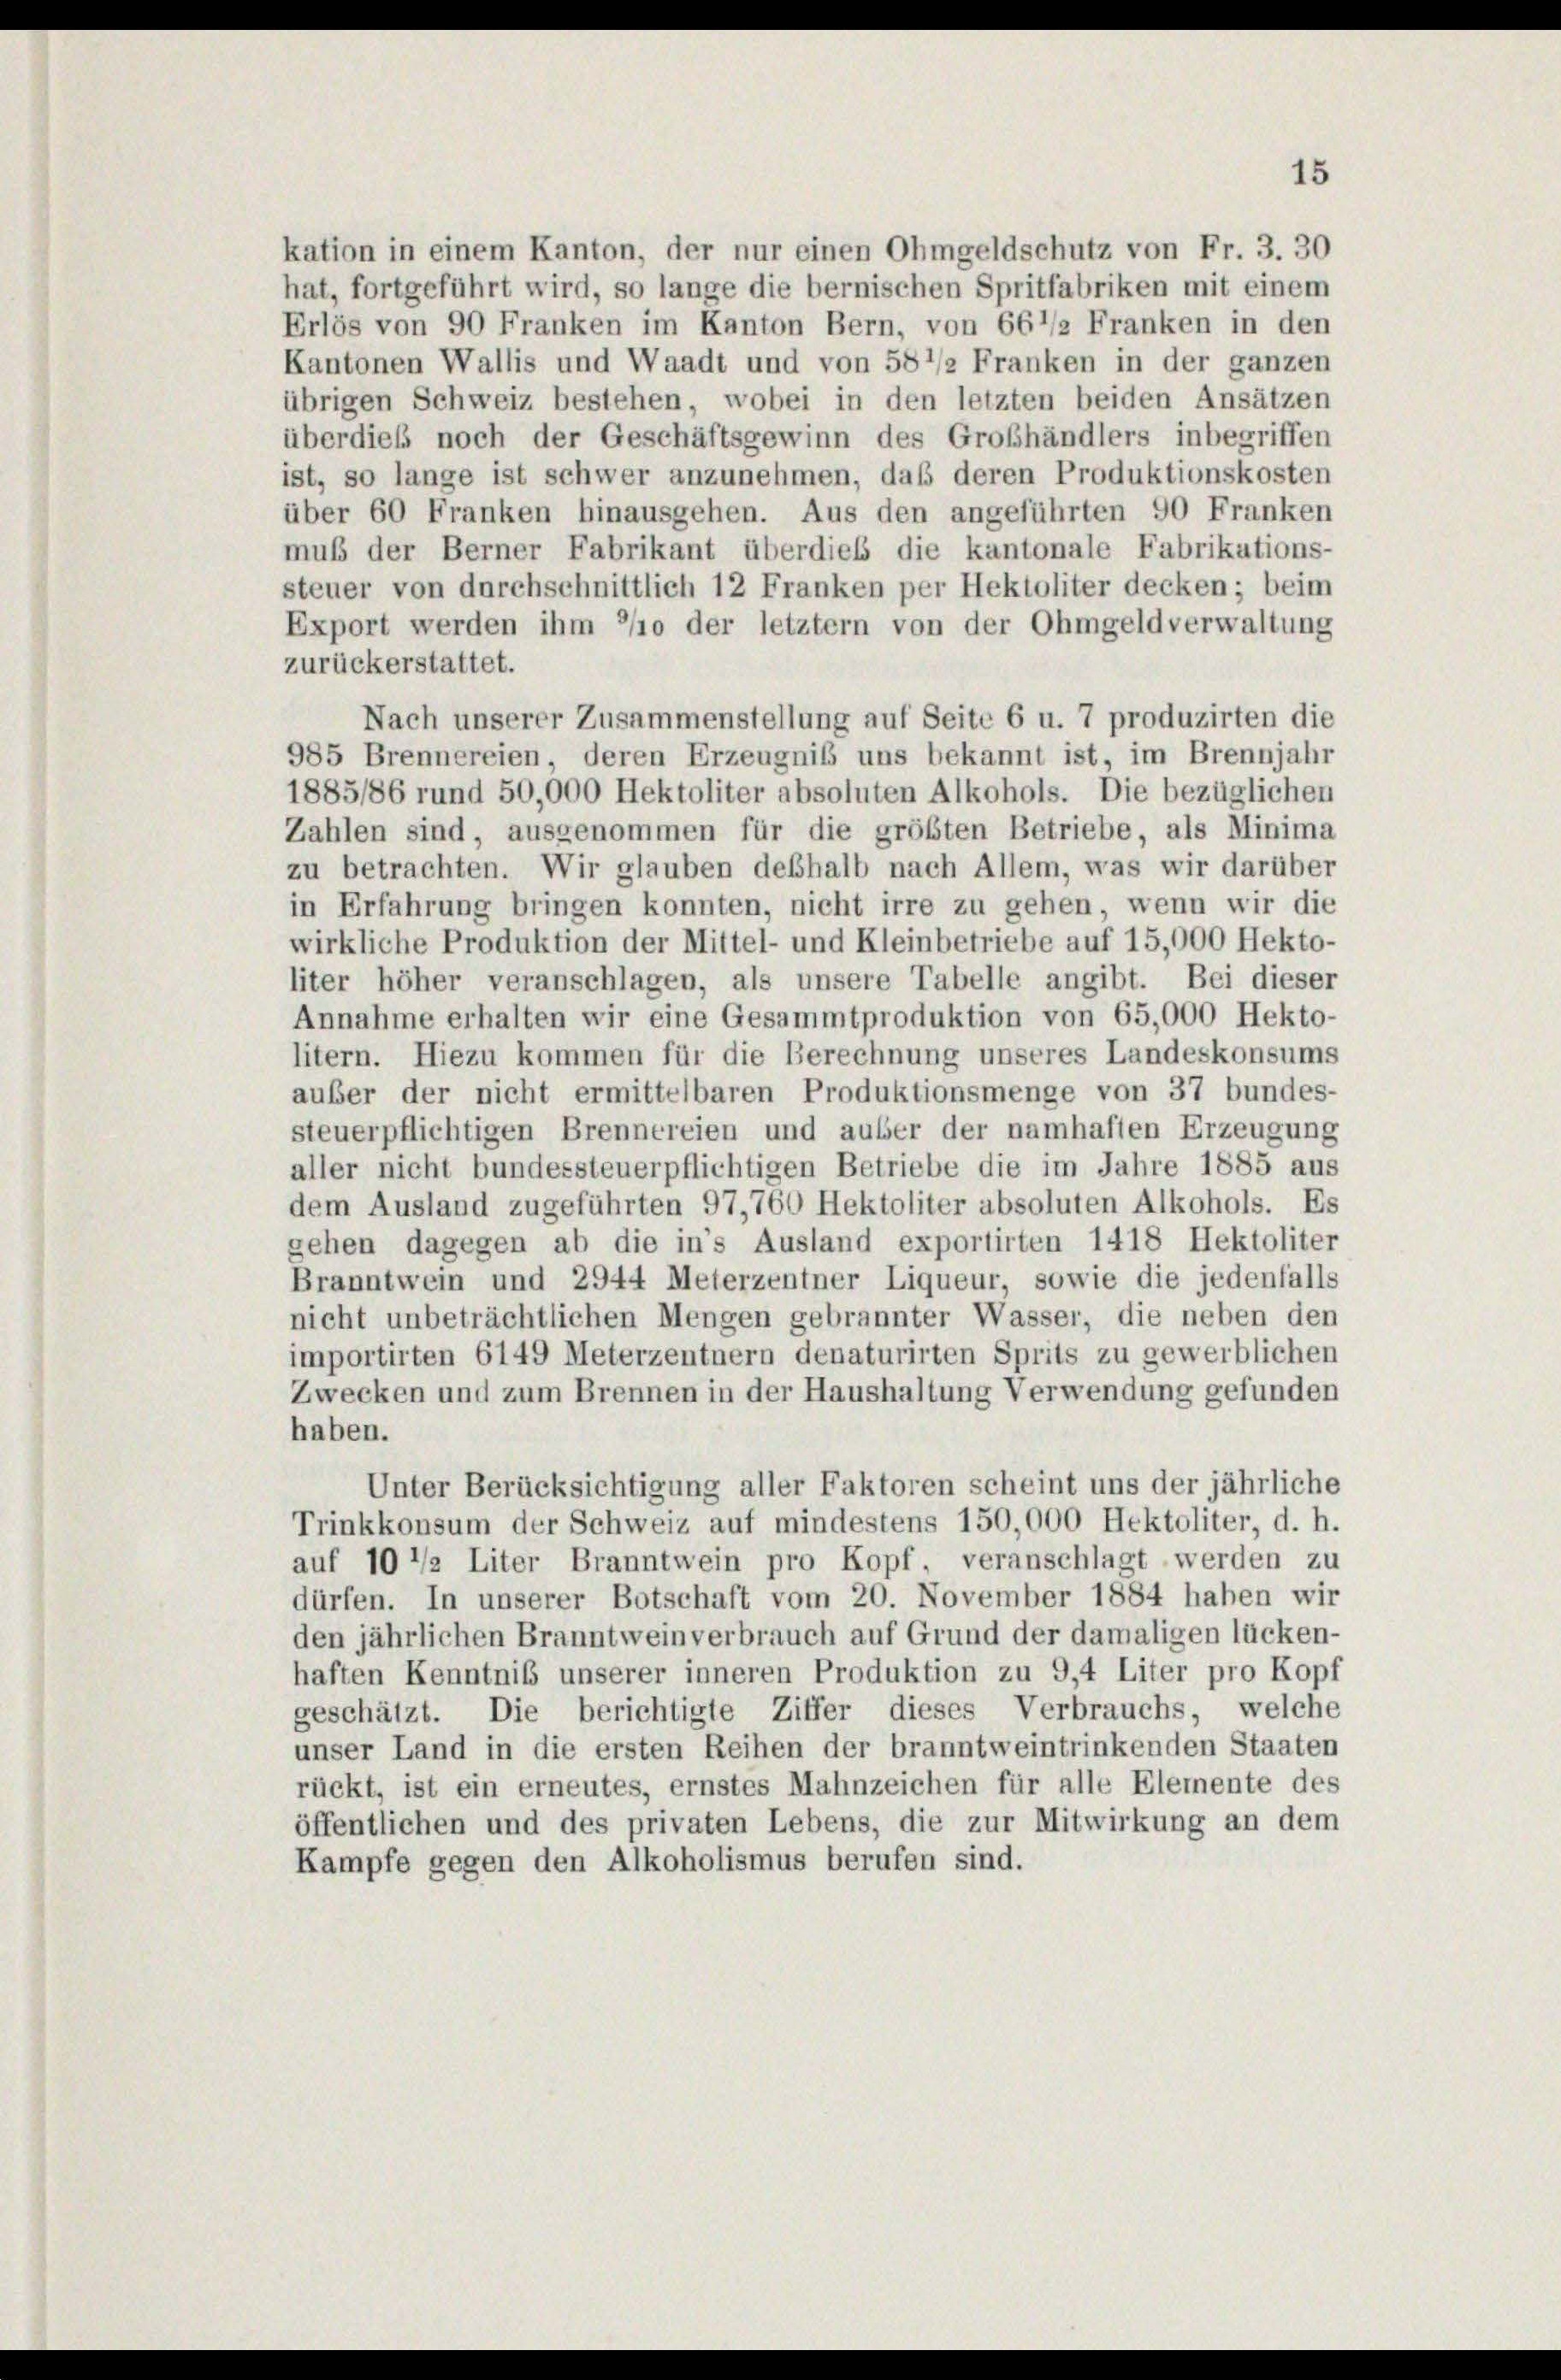
kation in einem Kanton, der nur einen Ohmgeldschutz von Fr. 3. 30
hat, fortgeführt wird, so lange die bernischen Spritfabriken mit einem
Erlös von 90 Franken im Kanton Bern, von 661/2 Franken in den
Kantonen Wallis und Waadt und von 58’/2 Franken in der ganzen
übrigen Schweiz bestehen, wobei in den letzten beiden Ansätzen
überdieß noch der Geschäftsgewinn des Großhändlers inbegriffen
ist, so lange ist schwer anzunehmen, daß deren Produktionskosten
über 60 Franken hinausgehen. Aus den angeführten 90 Franken
muß der Berner Fabrikant überdies die kantonale Fabrikations-
steuer von durchschnittlich 12 Franken per Hektoliter decken; beim
Export werden ihm 3/10 der letztem von der Ohmgeld verwaltung
zurückerstattet.
Nach unserer Zusammenstellung auf Seite 6 u. 7 produzirten die
985 Brennereien, deren Erzeugniß uns bekannt ist, im Brennjahr
1885/86 rund 50,000 Hektoliter absoluten Alkohols. Die bezüglichen
Zahlen sind, ausgenommen für die größten Betriebe, als Minima
zu betrachten. Wir glauben deshalb nach Allem, was wir darüber
in Erfahrung bringen konnten, nicht irre zu gehen, wenn wir die
wirkliche Produktion der Mittel- und Kleinbetriebe auf 15,000 Hekto-
liter höher veranschlagen, als unsere Tabelle angibt. Bei dieser
Annahme erhalten wir eine Gesammtproduktion von 65,000 Hekto-
litern. Hiezu kommen für die Berechnung unseres Landeskonsums
auber der nicht ermittelbaren Produktionsmenge von 37 bundes-
steuerpflichtigen Brennereien und auber der namhaften Erzeugung
aller nicht bundessteuerpflichtigen Betriebe die im Jahre 1885 aus
dem Ausland zugeführten 97,760 Hektoliter absoluten Alkohols. Es
gehen dagegen ab die in’s Ausland exportirten 1418 Hektoliter
Branntwein und 2944 Meterzentner Liqueur, sowie die jedenfalls
nicht unbeträchtlichen Mengen gebrannter Wasser, die neben den
importirten 6149 Meterzentnern denaturirten Sprits zu gewerblichen
Zwecken und zum Brennen in der Haushaltung Verwendung gefunden
haben.
Unter Berücksichtigung aller Faktoren scheint uns der jährliche
Trinkkonsum der Schweiz auf mindestens 150,000 Hektoliter, d. h.
auf 10 1/2 Liter Branntwein pro Kopf veranschlagt werden zu
dürfen. In unserer Botschaft vom 20. November 1884 haben wir
den jährlichen Branntweinverbrauch auf Grund der damaligen lücken-
haften Kenntniß unserer inneren Produktion zu 9,4 Liter pro Kopf
geschätzt. Die berichtigte Ziffer dieses Verbrauchs, welche
unser Land in die ersten Reihen der branntweintrinkenden Staaten
rückt, ist ein erneutes, ernstes Mahnzeichen für alle Elemente des
öffentlichen und des privaten Lebens, die zur Mitwirkung an dem
Kampfe gegen den Alkoholismus berufen sind.

15